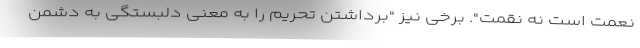
نعمت است نه نقمت". برخی نیز "برداشتن تحریم را به معنی دلبستگی به دشمن